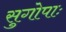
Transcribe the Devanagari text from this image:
सुगोपाः